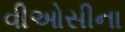
વીઓસીના